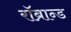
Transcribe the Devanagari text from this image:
रॉब्रान्ड